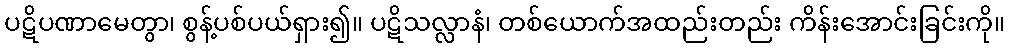
ပဋိပဏာမေတွာ၊ စွန့်ပစ်ပယ်ရှား၍။ ပဋိသလ္လာနံ၊ တစ်ယောက်အထည်းတည်း ကိန်းအောင်းခြင်းကို။